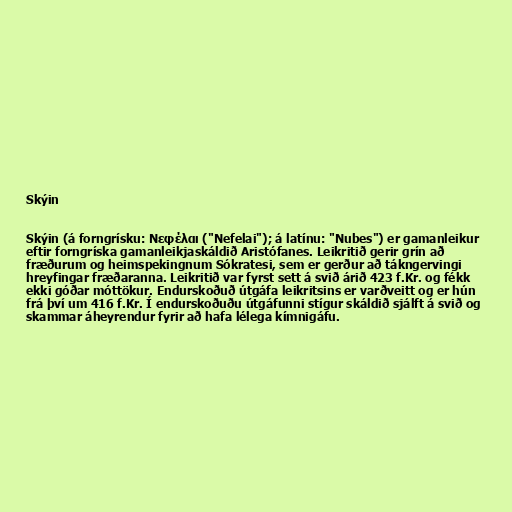
Skýin

Skýin (á forngrísku: Νεφέλαι ("Nefelai"); á latínu: "Nubes") er gamanleikur
eftir forngríska gamanleikjaskáldið Aristófanes. Leikritið gerir grín að
fræðurum og heimspekingnum Sókratesi, sem er gerður að tákngervingi
hreyfingar fræðaranna. Leikritið var fyrst sett á svið árið 423 f.Kr. og fékk
ekki góðar móttökur. Endurskoðuð útgáfa leikritsins er varðveitt og er hún
frá því um 416 f.Kr. Í endurskoðuðu útgáfunni stígur skáldið sjálft á svið og
skammar áheyrendur fyrir að hafa lélega kímnigáfu.